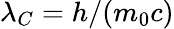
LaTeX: \lambda_{C}=h/(m_{0}c)